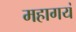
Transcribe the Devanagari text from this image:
महागयं